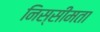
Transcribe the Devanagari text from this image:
निस्सीमता